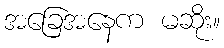
အခြေအနေက မဆိုး။